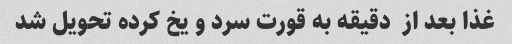
غذا بعد از  دقیقه به قورت سرد و یخ کرده تحویل شد